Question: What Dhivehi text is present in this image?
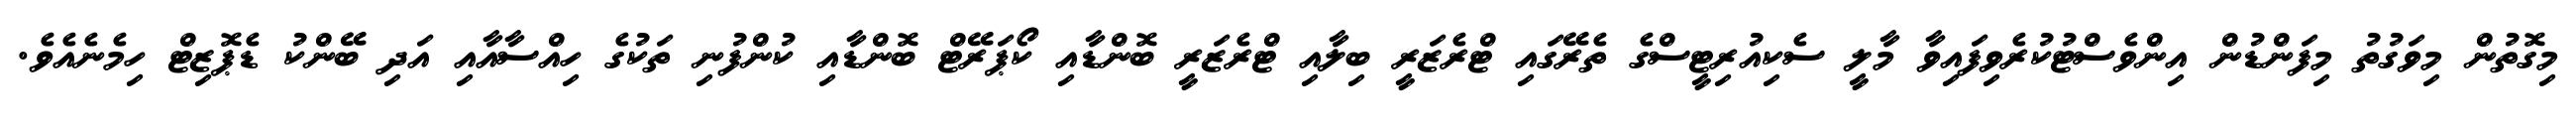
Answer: މިގޮތުން މިވަގުތު މިފަންޑުން އިންވެސްޓުކުރެވިފައިވާ މާލީ ސެކިއުރިޓީސްގެ ތެރޭގައި ޓްރެޒަރީ ބިލާއި ޓްރެޒަރީ ބޮންޑާއި ކޯޕަރޭޓް ބޮންޑާއި ކުންފުނި ތަކުގެ ހިއްސާއާއި އަދި ބޭންކު ޑެޕޮޒިޓް ހިމެނެއެވެ.